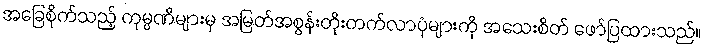
အခြေစိုက်သည့် ကုမ္ပဏီများမှ အမြတ်အစွန်းတိုးတက်လာပုံများကို အသေးစိတ် ဖော်ပြထားသည်။